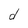
Character: d